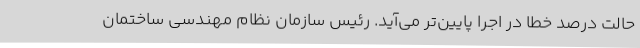
حالت درصد خطا در اجرا پایین‌تر می‌آید. رئیس سازمان نظام مهندسی ساختمان